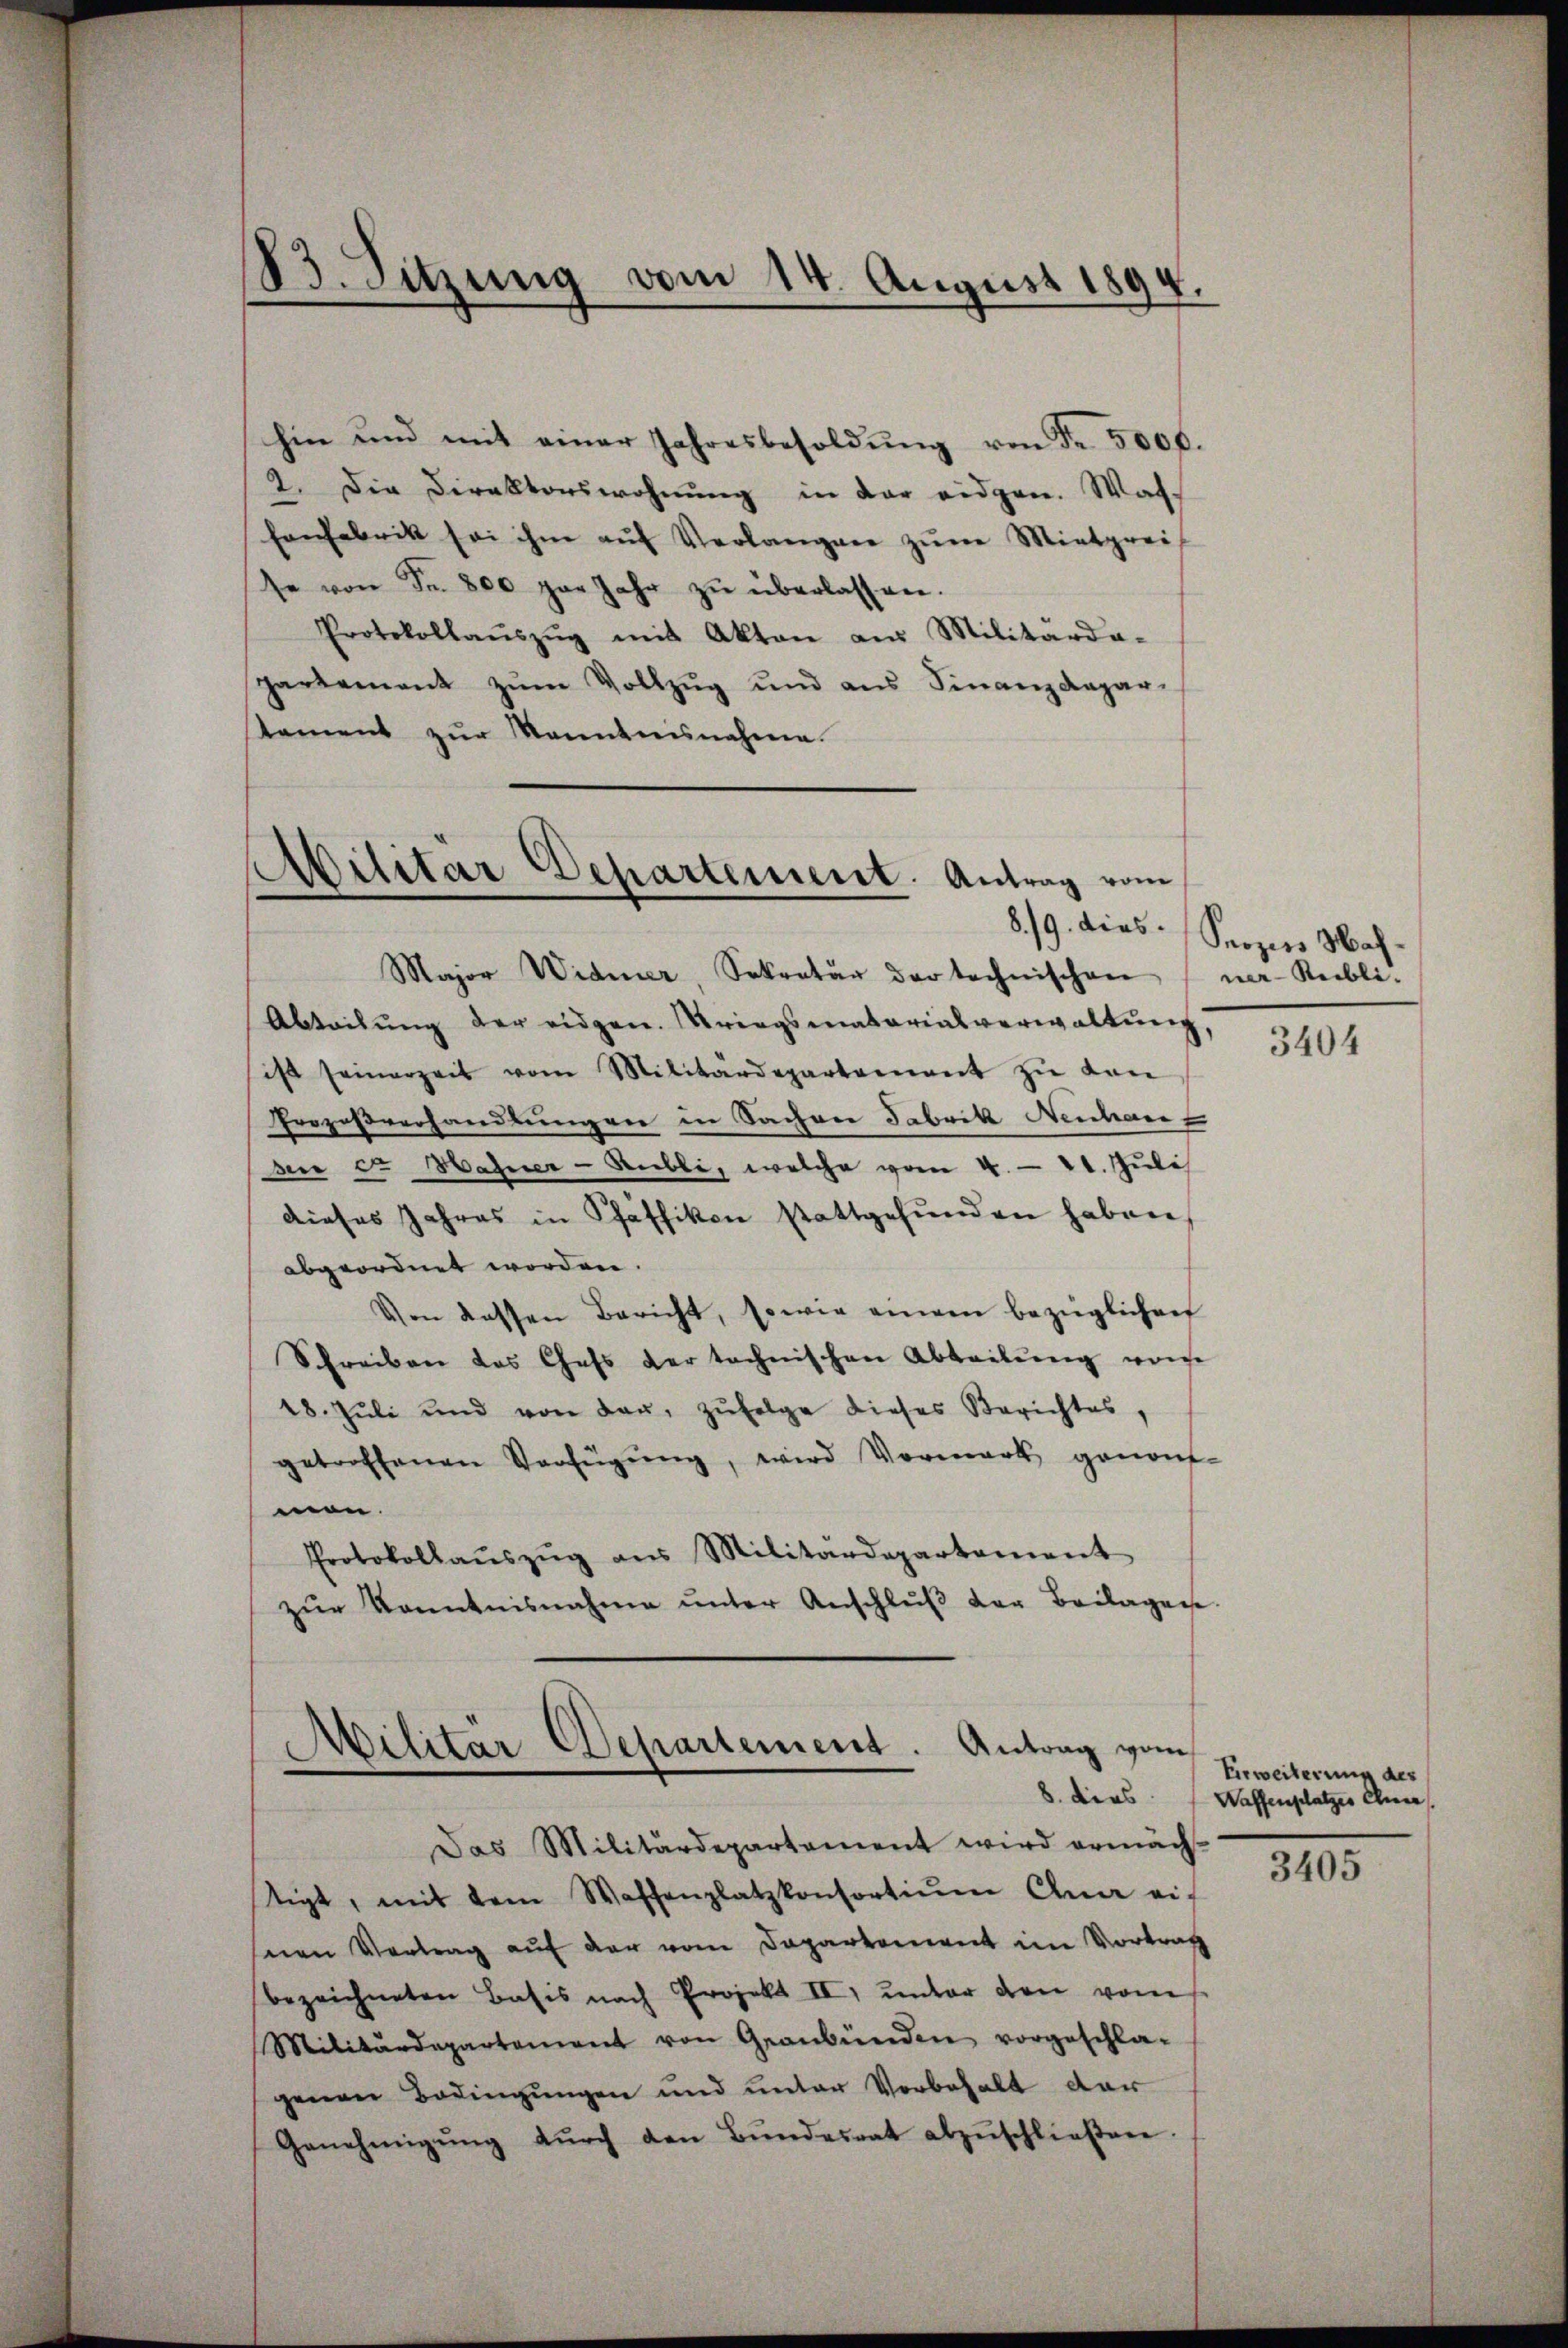
83. Sitzung vom 14. August 1894.

hin und mit einer Jahresbesoldŭng von Fr. 5000.
2. Die Direktorswohnung in der eidgen. Was-
Fonfabrik sei ihm aŭf Verlangen zŭm Mietgreif
se von Fr. 800 par Jahr zŭ überlassen.
Protokollaŭszŭg mit Akten aus Militarda-
partement zŭm Vollzŭg und ans Finanzdepar-
tament zŭr Kenntnisnahme.

Abilitär Departement. Antrag vom

Militär Departement. Antrag vom
d

Major Widmer, Sekretär der technischen (ner-Rubli-
Abteilŭng der eidgen. Kriegsmatorialverwaltŭng,
ist seinerzeit vom Militärdepartement zŭ von
Prozeßverhandlungen in Sachver Fabrik Neuchar
dere et Hahner-Rubli, welche vom 4. 21. Juli
dieses Jahres in Pfaffikon stattgefŭnden haben,
abgeordnet worden.
Von dessen Bericht, sowie einem bezüglichen
Schreiben das Chefs der technischen Abteilung von
18. Jŭli und von Baŭ, zŭfolge dieses Berichtes,
getroffenen Verfügŭng, wird Vormark genom-
men.
Protokollaŭszŭg ans Militärdepartement
zŭr Kenntnisnahme ŭnter Anschlŭβ der Beilagene

8./9. dies Seozers Mah¬

Das Militärdepartement wird ermäch
stigt, mit dem Waffenplatzkonsortium Ana eif
seien Vertrag auf der vom Departement im Vortrag
bezeichneten Basis nach Projekt II, unter den vom
Militärdepartement von Graubünden vorgeschla-
genen Bedingungen und unter Vorbehalt dar
Genehmigŭng dŭrch den Bŭndesrat abzŭschlieβen

3404

Erweiterung des
8. ders Waffenplatzes Anna

3405